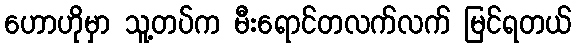
ဟောဟိုမှာ သူ့တပ်က မီးရောင်တလက်လက် မြင်ရတယ်